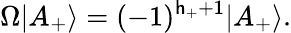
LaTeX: \Omega|A_{+}\rangle=(-1)^{\mathsf{h}_{+}+1}|A_{+}\rangle.